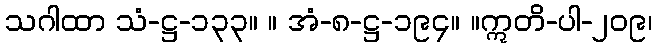
သဂါထာ သံ-ဋ္ဌ-၁၃၃။ ။ အံ-၈-ဋ္ဌ-၁၉၄။ ။ဣတိ-ပါ-၂၀၉၊